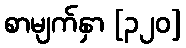
စာမျက်နှာ [၃၂၀]